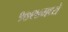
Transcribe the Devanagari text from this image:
१७९४मध्ये